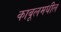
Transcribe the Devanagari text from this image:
काबूलमधील